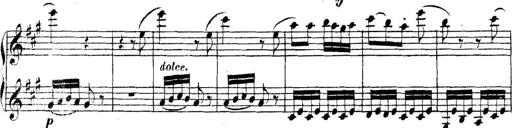
Title: Collected Piano Sonatas
Composer: Muzio Clementi